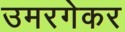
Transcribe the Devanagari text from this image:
उमरगेकर